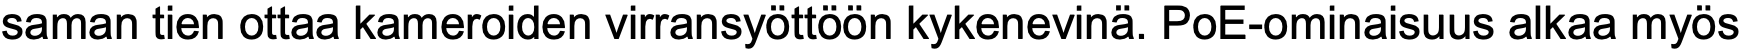
saman tien ottaa kameroiden virransyöttöön kykenevinä. PoE-ominaisuus alkaa myös